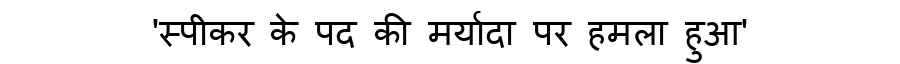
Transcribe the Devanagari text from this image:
'स्पीकर के पद की मर्यादा पर हमला हुआ'